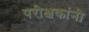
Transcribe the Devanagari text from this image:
परीक्षकांनी